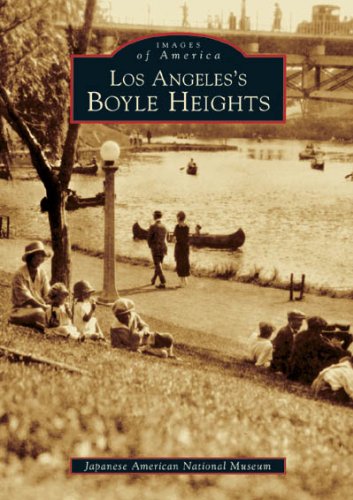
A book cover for Los Angeles's Boyle Heights (Images of America); Japanese American National Museum; Biographies & Memoirs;